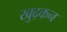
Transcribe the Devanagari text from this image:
खुद्कन